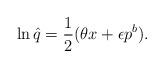
LaTeX: \begin{align*} \ln \hat q = {1 \over 2}(\theta x + \epsilon p^b).\end{align*}